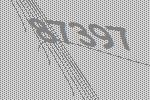
87397